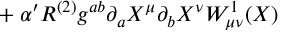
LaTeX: { } + \alpha ^ { \prime } R ^ { ( 2 ) } g ^ { a b } \partial _ { a } X ^ { \mu } \partial _ { b } X ^ { \nu } W _ { \mu \nu } ^ { 1 } ( X )